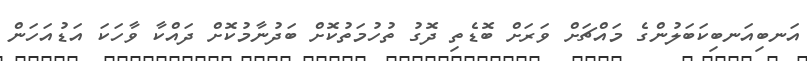
އަނބިއަނބިކަބަލުންގެ މައްޗަށް ވަރަށް ބޮޑެތި ދޮގު ތުހުމަތުކޮށް ބަދުނާމުކޮށް ދައްކާ ވާހަކަ އަޑުއަހަން